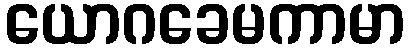
ယောဂခေမကာမာ